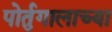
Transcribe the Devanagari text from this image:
पोर्तुगालाच्या